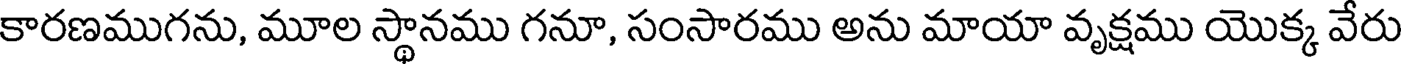
కారణముగను, మూల స్థానము గనూ, సంసారము అను మాయా వృక్షము యొక్క వేరు